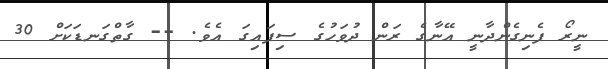
ނީރޯ ފެނިގެންދާނީ އޭނާގެ ރަން ދުވަހުގެ ސިފައިގަ އެވެ. -- ގާތްގަނޑަކަށް 30